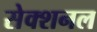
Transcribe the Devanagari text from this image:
सेक्शनल